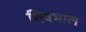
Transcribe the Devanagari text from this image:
शिवभाल